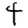
Digit: 4